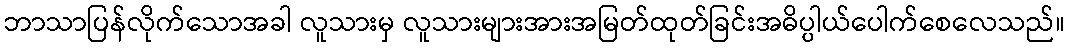
ဘာသာပြန်လိုက်သောအခါ လူသားမှ လူသားများအားအမြတ်ထုတ်ခြင်းအဓိပ္ပါယ်ပေါက်စေလေသည်။